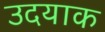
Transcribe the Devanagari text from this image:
उदयाक